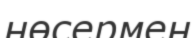
нөсермен